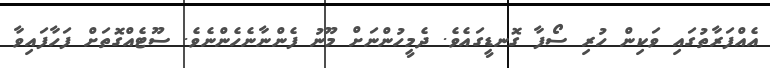
އެއްފަރާތުގައި ވަކިން ހުރި ސޯފާ ގޮނޑީގައެވެ. ދެމީހުންނަށް މޫނު ފެންނާނެހެންނެވެ. ސޫޓެއްގޮތަށް ފަހާފައިވާ